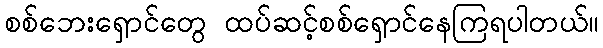
စစ်ဘေးရှောင်တွေ ထပ်ဆင့်စစ်ရှောင်နေကြရပါတယ်။